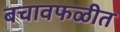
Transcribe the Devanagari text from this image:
बचावफळीत